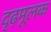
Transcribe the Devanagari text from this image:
दृढ़मूलक